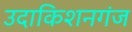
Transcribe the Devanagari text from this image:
उदाकिशनगंज